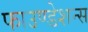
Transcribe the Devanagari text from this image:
फाउण्डेशन्स